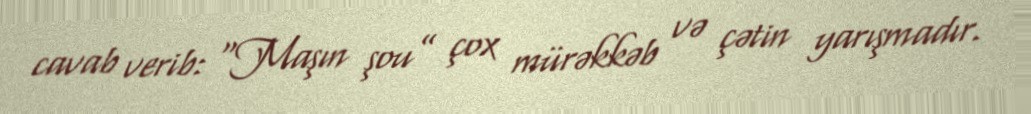
cavab verib: “Maşın şou” çox mürəkkəb və çətin yarışmadır.